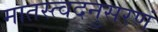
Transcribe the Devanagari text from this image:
मातस्त्वदनुसरणं